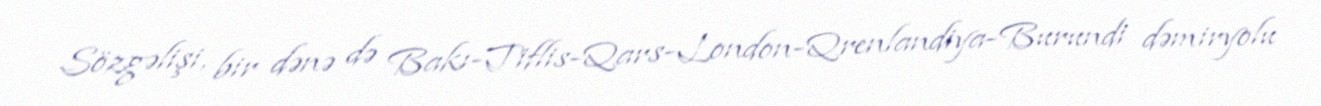
Sözgəlişi, bir dənə də Bakı-Tiflis-Qars-London-Qrenlandiya-Burundi dəmiryolu